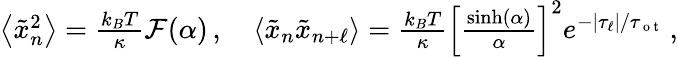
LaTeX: \begin{array}{r}{\left\langle\tilde{x}_{n}^{2}\right\rangle=\frac{k_{B}T}{\kappa}\mathcal{F}(\alpha)\, ,\quad\left\langle\tilde{x}_{n}\tilde{x}_{n+\ell}\right\rangle=\frac{k_{B}T}{\kappa}\left[\frac{\sinh(\alpha)}{\alpha}\right]^{2}e^{-|\tau_{\ell}|/\tau_{\mathrm{~o~t~}}}\, ,}\end{array}